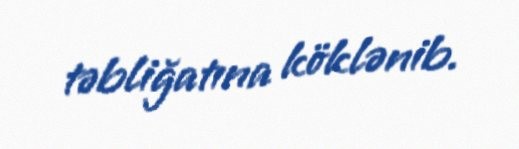
təbliğatına köklənib.